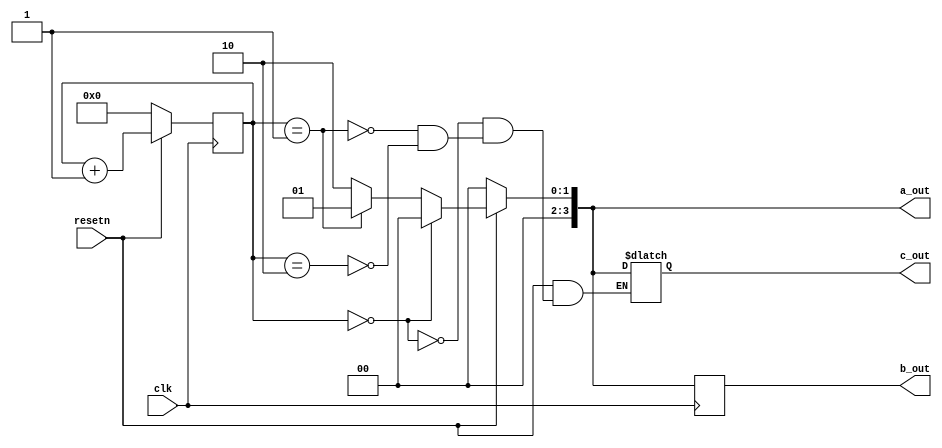
`timescale 1ns / 1ps

module warmup1_verilog(
    input wire clk,
    input wire resetn,
    output wire [3:0] a_out,
    output wire [3:0] b_out,
    output wire [3:0] c_out
    );

// Counter circuit
reg [3:0] cnt;
always @(posedge clk)
    if (resetn==0)
        cnt <= 0;
    else
        cnt <= cnt + 1;

// TASK 1: Simulate this design
// 1. Set "tb_warmup1_verilog" as top inside the project manager
// 2. Click on "Simulation | Run Simulation"
//
// QUESTION 1: Why is there a one-cycle delay for storing new values inside "b" (when compared to "a") ?
// Are both "a" and "b" flip-flops, or only "b"?

reg [3:0] a;
always @(*)
    if (resetn==0)
        a <= 0;
    else
    begin
        if (cnt==0)
            a <= 0;
        else if (cnt==1)
            a <= 1;
        else
            a <= 2;
    end

reg [3:0] b;
always @(posedge clk)
    if (resetn==0)
        b <= 0;
    else
    begin
        if (cnt==0)
            b <= 0;
        else if (cnt==1)
            b <= 1;
        else
            b <= 2;
    end

assign a_out = a;
assign b_out = b;

// TASK2: The following circuit produces a latch.
// 1. Notice that you cannot see the latch error in Simulation
// 2. Verify that you can see the latch error using "Synthesis | Run Synthesis".
// 3. Remove the latch by updating the code below (If it's not clear to you how to do this, consult the slides/TA
// 4. Verify that the latch was removed by running "Synthesis | Run Synthesis".

reg [3:0] c;
always @(*)
    if (resetn==0)
        c <= 0;
    else
    begin
        if (cnt==0)
            c <= 0;
        else if (cnt==1)
            c <= 1;
        else if (cnt==2)
            c <= 2;
    end

assign c_out = c;

endmodule